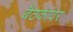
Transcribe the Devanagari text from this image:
बैठकांवर